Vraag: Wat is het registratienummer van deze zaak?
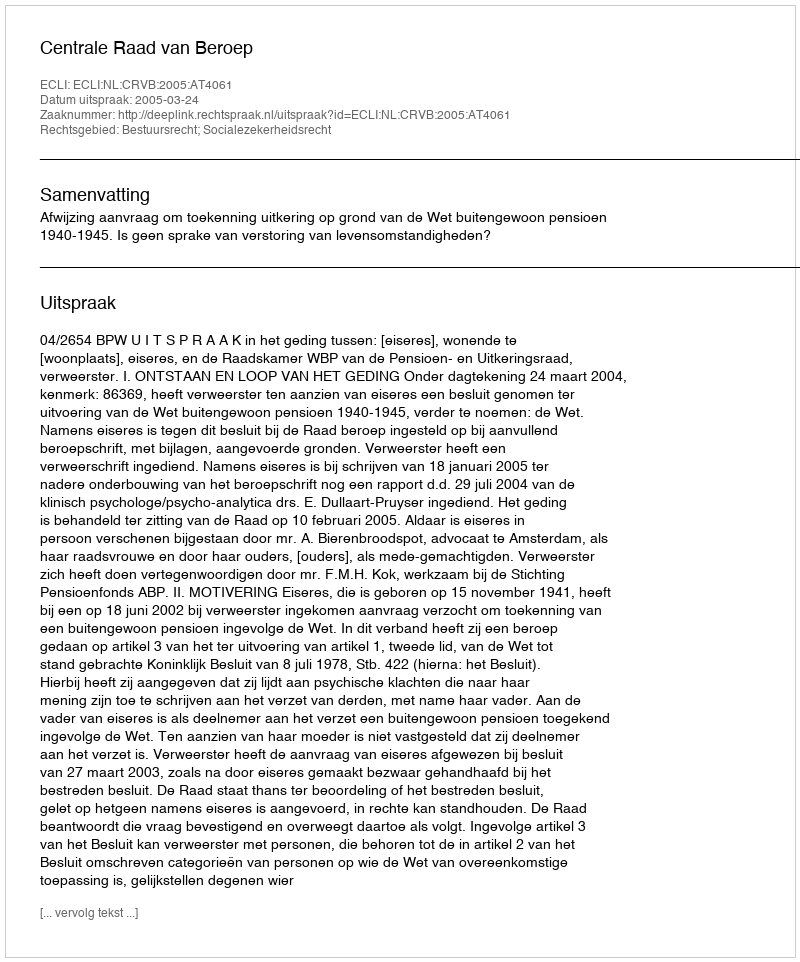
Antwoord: http://deeplink.rechtspraak.nl/uitspraak?id=ECLI:NL:CRVB:2005:AT4061